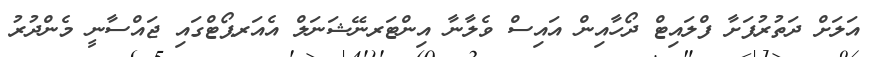
އަލަށް ދަތުުރުފަށާ ފްލައިޓް ދޯހާއިން އައިސް ވެލާނާ އިންޓަރނޭޝަނަލް އެއަރޕޯޓްގައި ޖައްސާނީ މެންދުރު